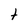
Character: t